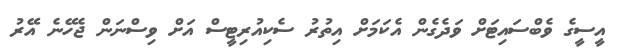
އީީސީގެ ވެބްސައިޓަށް ވަދެގެން އެކަމަށް އިތުރު ސެކިއުރިޓީސް އަށް ވިސްނަން ޖެހޭނެ އޭރު